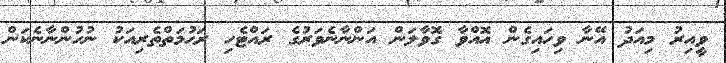
ވީއިރު މިއަދު އޭނާ ވިހައިގެން އޮއްވާ ގޮވާލަން އަންނާނެވަރުގެ ރައްޓެހި ރަޙުމަތްތެރިއަކު ނުހުންނާނެކަން